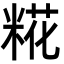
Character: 糀